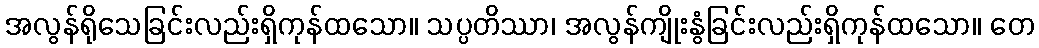
အလွန်ရိုသေခြင်းလည်းရှိကုန်ထသော။ သပ္ပတိဿာ၊ အလွန်ကျိုးနွံခြင်းလည်းရှိကုန်ထသော။ တေ